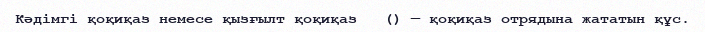
Кәдімгі қоқиқаз немесе қызғылт қоқиқаз   () — қоқиқаз отрядына жататын құс.